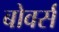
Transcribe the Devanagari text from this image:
बोवर्स